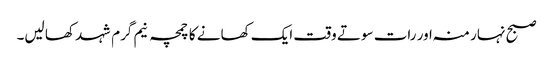
صبح نہار منہ اور رات سوتے وقت ایک کھانے کا چمچہ نیم گرم شہد کھا لیں۔